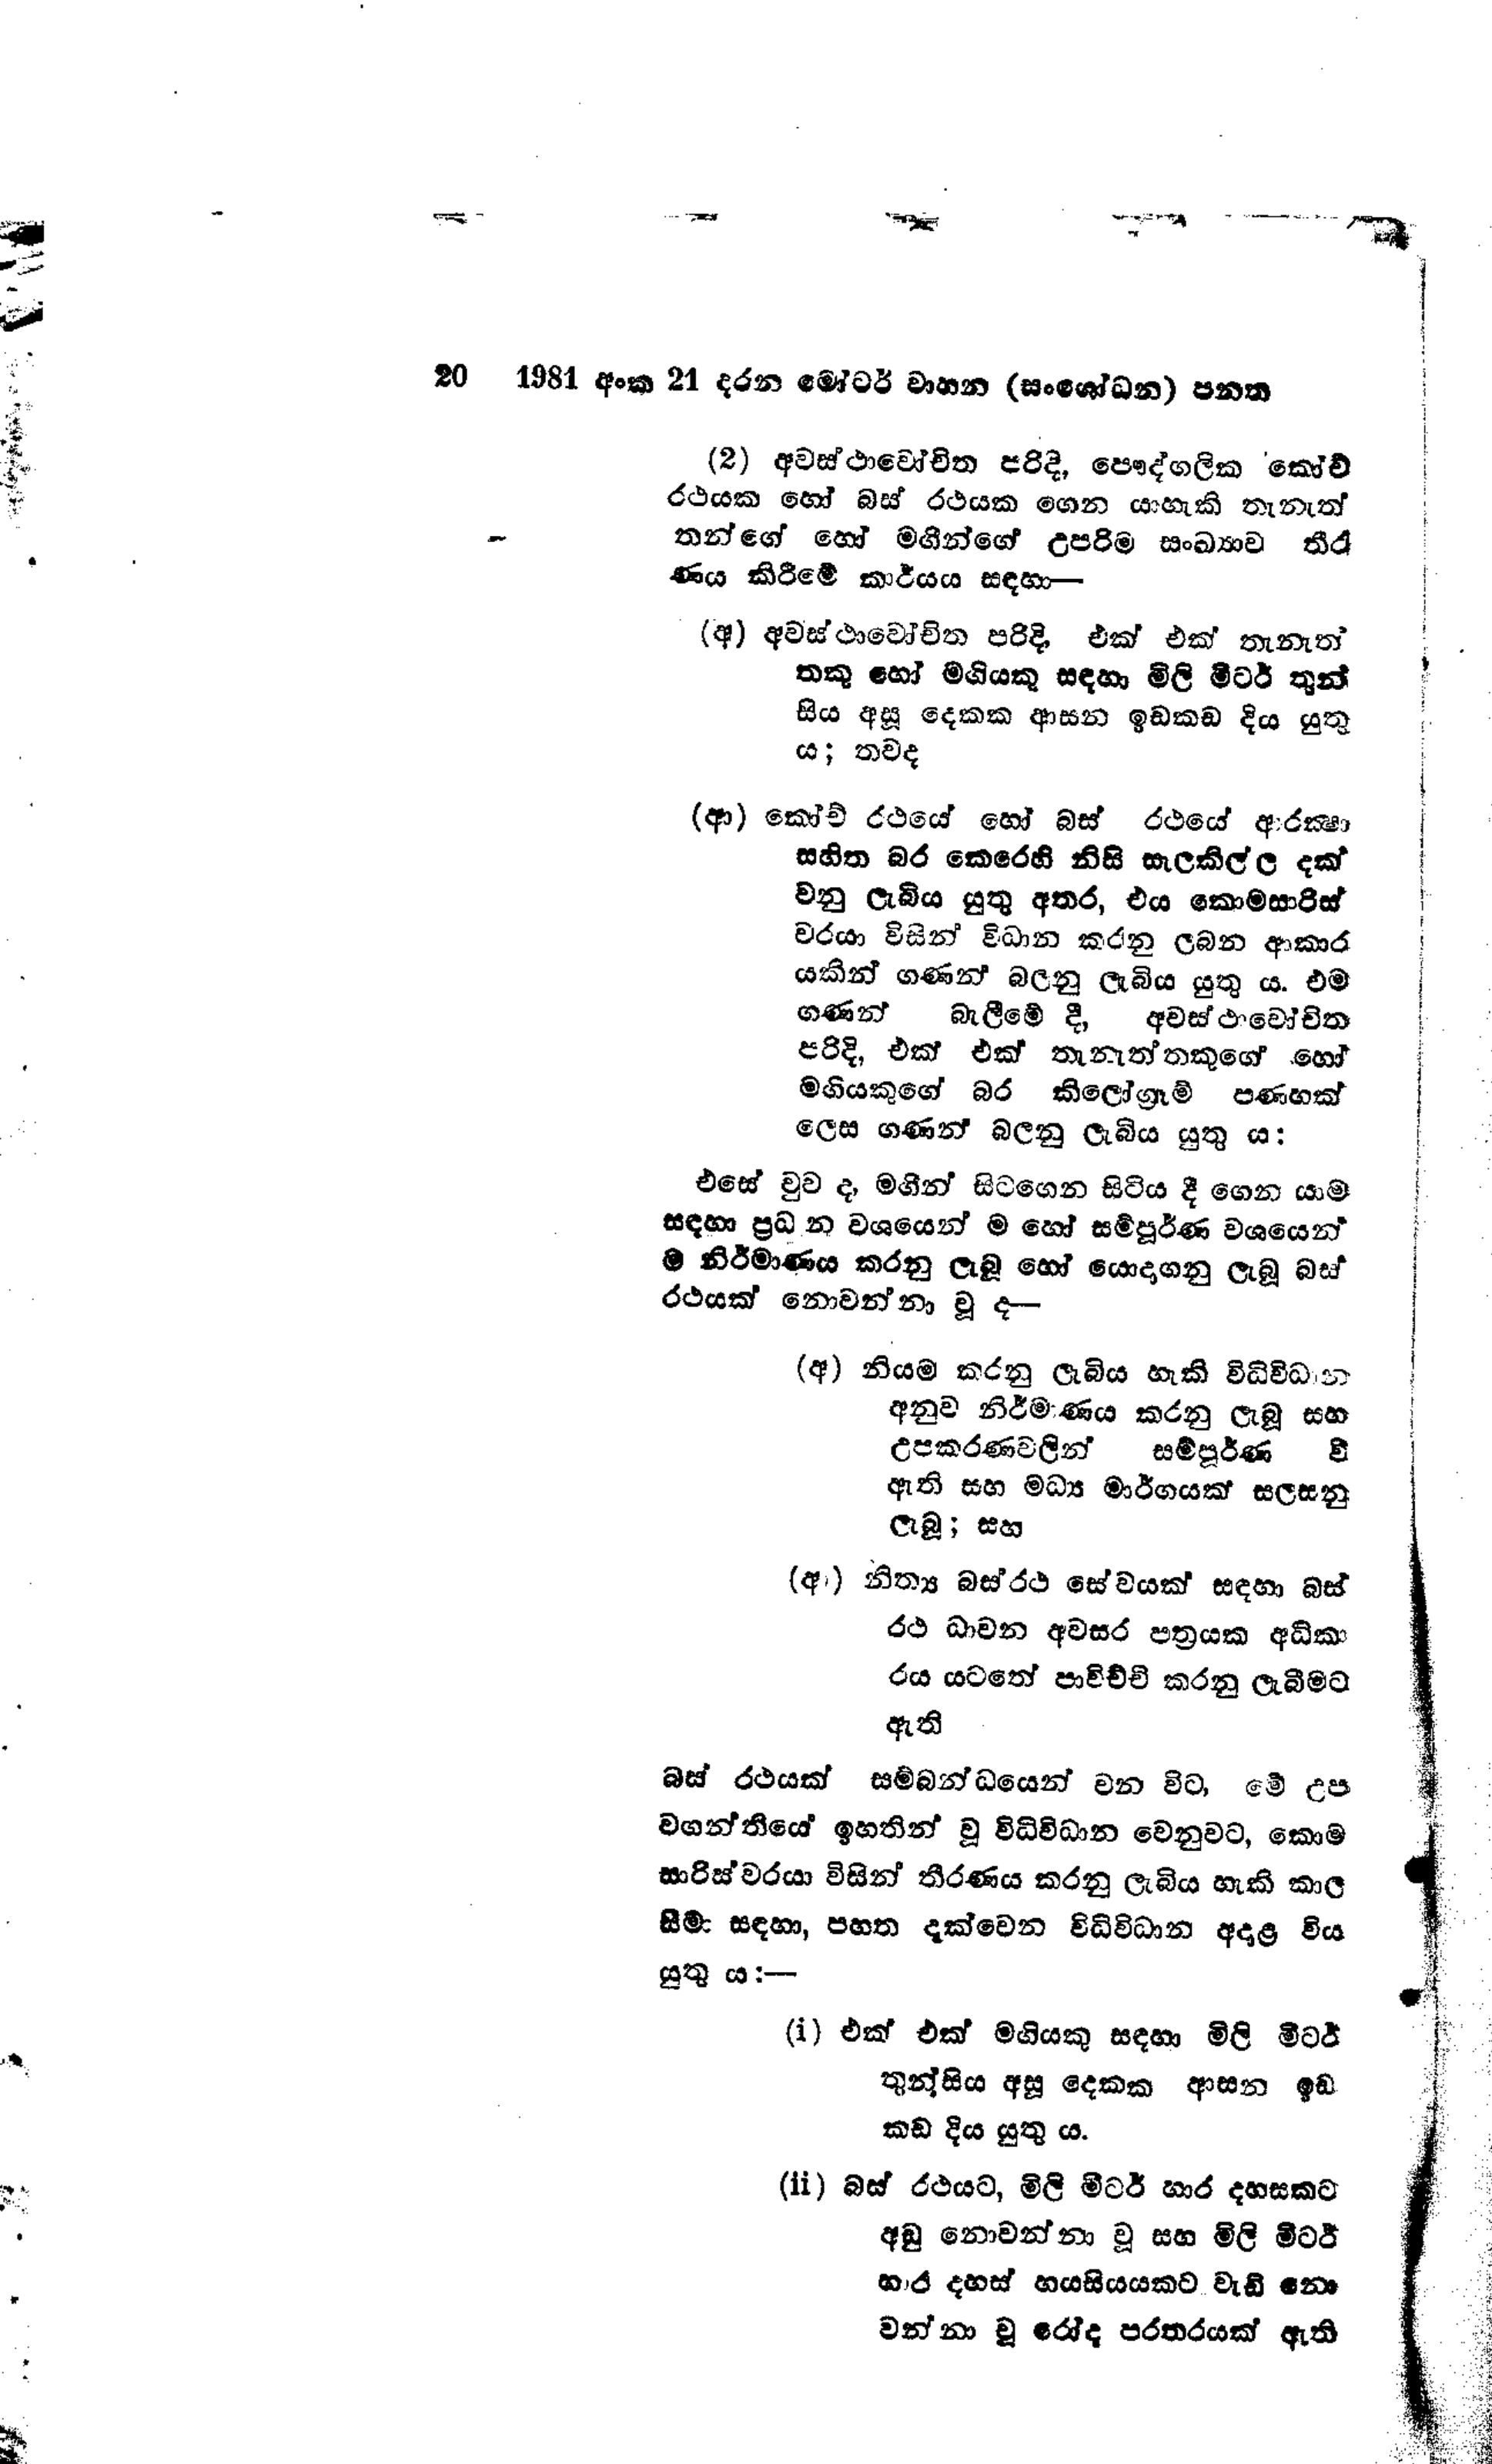
20	1981 අංක 21 දරන මෝටර් වාහන (සංශෝධන) පනත

(2) අවස්ථාවෝචිත පරිදි, පෞද්ගලික කෝච්
රථයක හෝ බස් රථයක ගෙන යාහැකි තැනැත්
තන්ගේ හෝ මගීන්ගේ උපරිම සංඛ්‍යාව තීර
ණය කිරීමේ කාර්යය සඳහා —

(අ) අවස්ථාවෝචිත පරිදි, එක් එක් තැනැත්
තකු හෝ මගියකු සඳහා මිලි මීටර් තුන්
සිය අසූ දෙකක ආසන ඉඩකඩ දිය යුතු
ය; තවද

(ආ) කෝච් රථයේ හෝ බස් රථයේ ආරක්ෂා
සහිත බර කෙරෙහි නිසි සැලකිල්ල දක්
වනු ලැබිය යුතු අතර, එය කොමසාරිස්
වරයා විසින් විධාන කරනු ලබන ආකාර
යකින් ගණන් බලනු ලැබිය යුතු ය. එම
ගණන් බැලීමේ දී, අවස්ථාවෝචිත
පරිදි, එක් එක් තැනැත්තකුගේ හෝ
මගියකුගේ බර කිලෝග්‍රෑම් පණහක්
ලෙස ගණන් බලනු ලැබිය යුතු ය.

එසේ වුව ද, මගින් සිටගෙන සිටිය දී ගෙන යාම
සඳහා ප්‍රධන වශයෙන්ම හෝ සම්පුර්ණ වශයෙන්
ම නිර්මාණය කරනු ලැබූ හෝ යොදාගනු ලැබූ බස්
රථයක් නොවන්නා වූ ද—

(අ) නියම කරනු ලැබිය හැකි විධිවිධාන
අනුව නිර්මාණය කරනු ලැබූ සහ
උපකරණ වලින් සම්පූර්ණ වි
ඇති සහ මධ්‍ය මාර්ගයක් සලසනු
ලැබූ; සහ

(ආ) නිත්‍ය බස් රථ සේවයක් සඳහා බස්
රථ ධාවන අවසර පත්‍රයක අධිකා
රය යටතේ පාවිච්චි කරනු ලැබීමට
ඇති

බස් රථයක් සම්බන්ධයෙන් වන විට, මේ උප
වගන්තියේ ඉහතින් වූ විධිවිධාන වෙනුවට, කොම
සාරිස්වරයා විසින් තීරණය කරනු ලැබිය හැකි කාල
සීමා සඳහා, පහත දැක්වෙන විධිවිධාන අදාළ විය
යුතු ය:-

(1) එක් එක් මගියකු සඳහා මිලි මීටර්
තුන්සිය අසූ දෙකක ආසන ඉඩ
කඩ දිය යුතුය.

(ii) බස් රථයට, මිලි මීටර් හාර දහසකට
අඩු නොවන්නා වූ සහ මිලි මීටර්
හාර දහස් හයසියයකට වැඩි නො
වන්නා වූ රෝද පරතරයක් ඇති